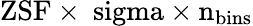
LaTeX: \mathrm{ZSF\times\ sigma\times n_{bins}}